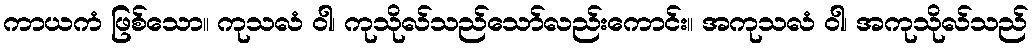
ကာယကံ ဖြစ်သော။ ကုသလံ ဝါ၊ ကုသိုလ်သည်သော်လည်းကောင်း။ အကုသလံ ဝါ၊ အကုသိုလ်သည်